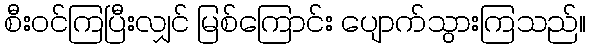
စီးဝင်ကြပြီးလျှင် မြစ်ကြောင်း ပျောက်သွားကြသည်။